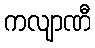
ကလျာဏီ